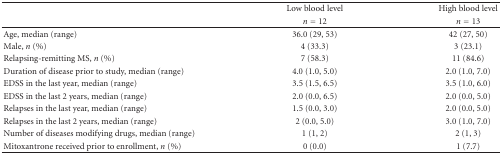
<table><thead><tr><td rowspan="2"></td><td><b>Low blood level</b></td><td><b>High blood level</b></td></tr><tr><td><b><i>n</i> = 12</b></td><td><b><i>n</i> = 13</b></td></tr></thead><tbody><tr><td>Age, median (range)</td><td>36.0 (29, 53)</td><td>42 (27, 50)</td></tr><tr><td>Male, <i>n</i> (%)</td><td>4 (33.3)</td><td>3 (23.1)</td></tr><tr><td>Relapsing-remitting MS, <i>n</i> (%)</td><td>7 (58.3)</td><td>11 (84.6)</td></tr><tr><td>Duration of disease prior to study, median (range)</td><td>4.0 (1.0, 5.0)</td><td>2.0 (1.0, 7.0)</td></tr><tr><td>EDSS in the last year, median (range)</td><td>3.5 (1.5, 6.5)</td><td>3.5 (1.0, 6.0)</td></tr><tr><td>EDSS in the last 2 years, median (range)</td><td>2.0 (0.0, 6.5)</td><td>2.0 (0.0, 5.0)</td></tr><tr><td>Relapses in the last year, median (range)</td><td>1.5 (0.0, 3.0)</td><td>2.0 (0.0, 5.0)</td></tr><tr><td>Relapses in the last 2 years, median (range)</td><td>2 (0.0, 5.0)</td><td>3.0 (1.0, 7.0)</td></tr><tr><td>Number of diseases modifying drugs, median (range)</td><td>1 (1, 2)</td><td>2 (1, 3)</td></tr><tr><td>Mitoxantrone received prior to enrollment, <i>n</i> (%)</td><td>0 (0.0)</td><td>1 (7.7)</td></tr></tbody></table>